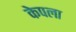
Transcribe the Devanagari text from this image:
केपला